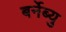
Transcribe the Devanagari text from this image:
बर्नेब्यु